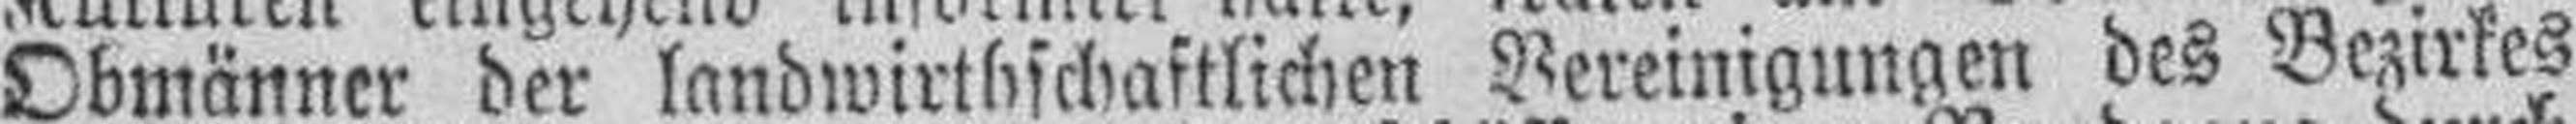
Obmänner der landwirthschaftlichen Vereinigungen des Bezirkes